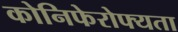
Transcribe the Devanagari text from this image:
कोनिफेरोफ्यता